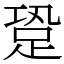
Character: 跫